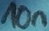
Text: 10n